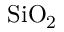
\mathrm { S i O _ { 2 } }